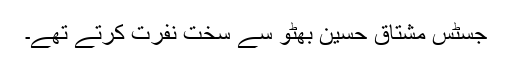
جسٹس مشتاق حسین بھٹو سے سخت نفرت کرتے تھے۔